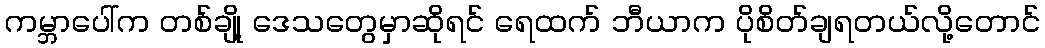
ကမ္ဘာပေါ်က တစ်ချို့ ဒေသတွေမှာဆိုရင် ရေထက် ဘီယာက ပိုစိတ်ချရတယ်လို့တောင်